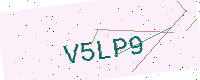
Text: V5LP9